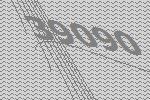
39090